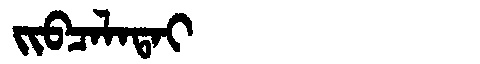
Manchu: ᠵᡳᠪᠴᠠᠯᠠᡨᠠᡳ
Romanization: JIBCALATAI